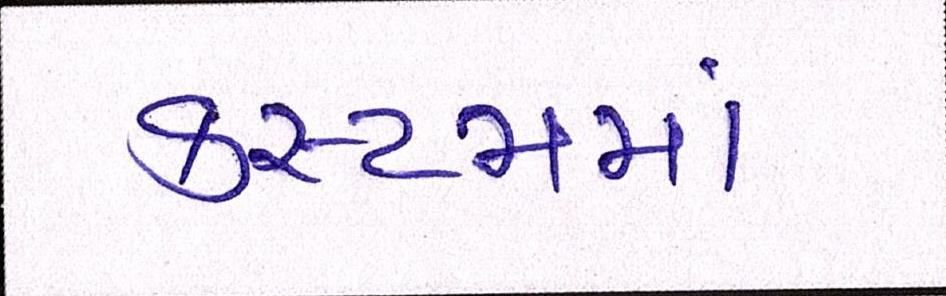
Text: કસ્ટમમાં